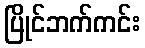
ပြိုင်ဘက်ကင်း